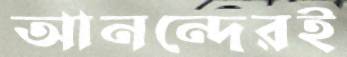
আনন্দেরই